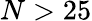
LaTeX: N>25